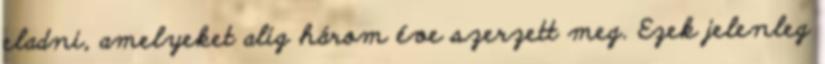
eladni, amelyeket alig három éve szerzett meg. Ezek jelenleg